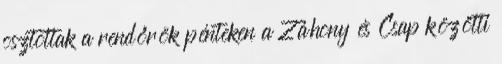
osztottak a rendőrök pénteken a Záhony és Csap közötti